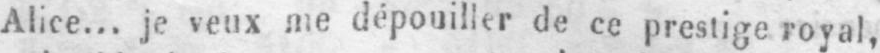
Alice... je veux me dépouiller de ce prestige royal,